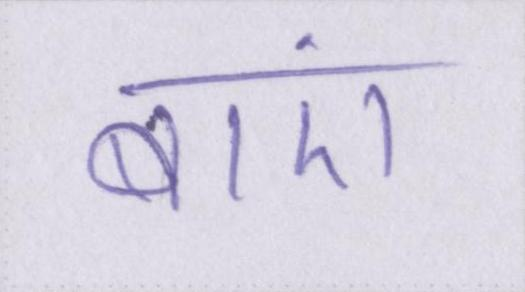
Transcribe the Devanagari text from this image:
बाएं